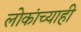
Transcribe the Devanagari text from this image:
लोकांच्याही